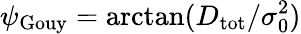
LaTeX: \psi_{\mathrm{Gouy}}=\arctan(D_{\mathrm{tot}}/\sigma_{0}^{2})